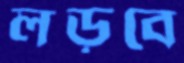
লড়বে